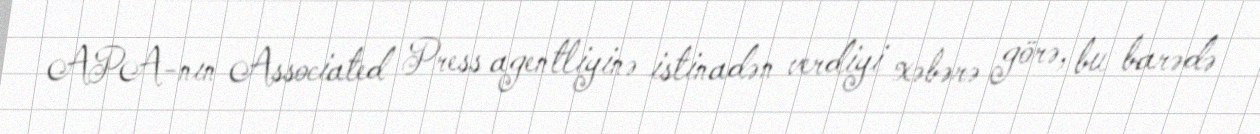
APA-nın Associated Press agentliyinə istinadən verdiyi xəbərə görə, bu barədə